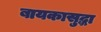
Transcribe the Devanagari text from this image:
बायकासुद्धा